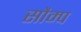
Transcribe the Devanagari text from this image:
सौम्प